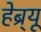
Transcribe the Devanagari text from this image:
हेब्र्यू